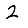
Digit: 2